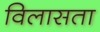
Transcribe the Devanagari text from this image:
विलासता